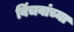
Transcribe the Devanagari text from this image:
विंचवांच्या